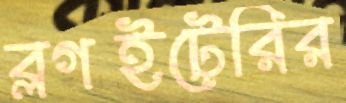
ব্লগইটেরির